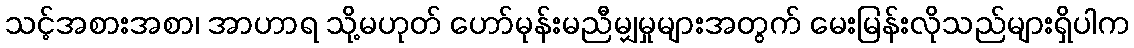
သင့်အစားအစာ၊ အာဟာရ သို့မဟုတ် ဟော်မုန်းမညီမျှမှုများအတွက် မေးမြန်းလိုသည်များရှိပါက